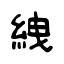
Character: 絏